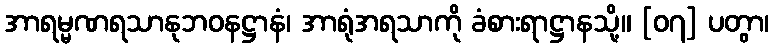
အာရမ္မဏရသာနုဘဝနဋ္ဌာနံ၊ အာရုံအရသာကို ခံစားရာဋ္ဌာနသို့။ [၀၇] ပတွာ၊